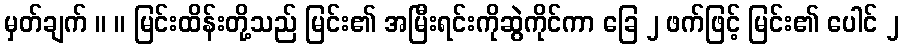
မှတ်ချက် ။ ။ မြင်းထိန်းတို့သည် မြင်း၏ အမြီးရင်းကိုဆွဲကိုင်ကာ ခြေ ၂ ဖက်ဖြင့် မြင်း၏ ပေါင် ၂